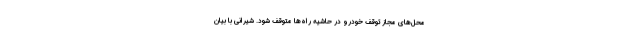
محل‌های مجاز توقف خودرو در حاشیه راه‌ها متوقف شود. شیرانی با بیان